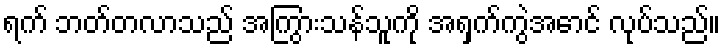
ရက် ဘတ်တလာသည် အကြွားသန်သူကို အရှက်ကွဲအောင် လုပ်သည်။